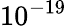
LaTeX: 10^{-19}